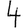
Digit: 4